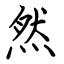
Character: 然